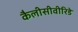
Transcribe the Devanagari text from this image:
कैलीसीवीरिडे